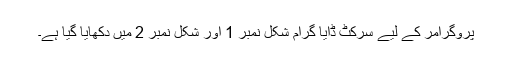
پروگرامر کے لیے سرکٹ ڈایا گرام شکل نمبر 1 اور شکل نمبر 2 میں دکھایا گیا ہے۔